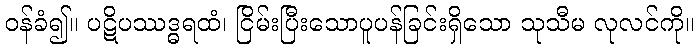
ဝန်ခံ၍။ ပဋိပဿဒ္ဓရထံ၊ ငြိမ်းပြီးသောပူပန်ခြင်းရှိသော သုသီမ လုလင်ကို။